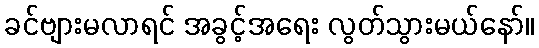
ခင်ဗျားမလာရင် အခွင့်အရေး လွတ်သွားမယ်နော်။